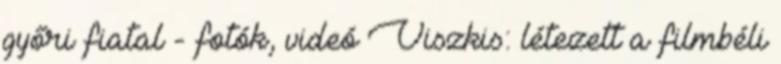
győri fiatal - fotók, videó Viszkis: létezett a filmbéli